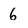
Character: 6